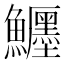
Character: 𩽦